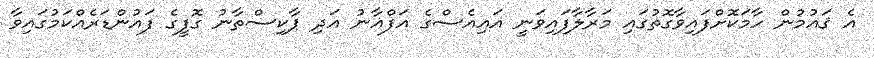
އެ ޤައުމުން ހާމަކޮށްފައިވާގޮތުގައި މަރާލާފައިވަނީ އައިއެސްގެ އަފްޣާނު އަދި ޕާކިސްތާނު ގޮފީގެ ފައުންޑަރެއްކަމުގައިވާ